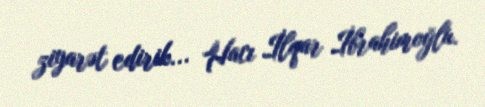
ziyarət edirik... Hacı İlqar İbrahimoğlu.